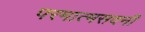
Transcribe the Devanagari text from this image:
परमात्मसदनी